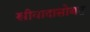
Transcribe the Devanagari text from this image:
स्त्रीवादासोबत